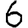
Digit: 6